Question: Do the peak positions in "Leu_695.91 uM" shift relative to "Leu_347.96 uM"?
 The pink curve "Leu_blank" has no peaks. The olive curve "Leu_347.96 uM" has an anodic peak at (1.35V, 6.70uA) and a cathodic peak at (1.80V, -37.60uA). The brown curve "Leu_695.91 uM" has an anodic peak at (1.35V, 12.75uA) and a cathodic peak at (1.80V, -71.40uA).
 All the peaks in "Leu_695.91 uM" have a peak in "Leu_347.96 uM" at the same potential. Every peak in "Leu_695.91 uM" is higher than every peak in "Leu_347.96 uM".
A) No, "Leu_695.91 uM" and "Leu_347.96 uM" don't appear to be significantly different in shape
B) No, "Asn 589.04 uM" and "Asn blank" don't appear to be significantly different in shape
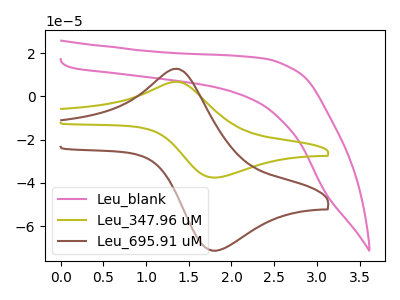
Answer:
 <answer>A) No, "Leu_695.91 uM" and "Leu_347.96 uM" don't appear to be significantly different in shape</answer>
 <eval>A</eval>